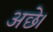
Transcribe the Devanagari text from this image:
अछे।